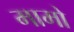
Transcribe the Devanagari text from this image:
मामो